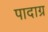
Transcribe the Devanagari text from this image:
पादाग्र